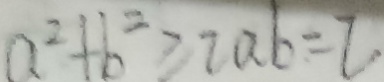
a ^ { 2 } + b ^ { 2 } \geq 2 a b = 2